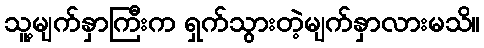
သူ့မျက်နှာကြီးက ရှက်သွားတဲ့မျက်နှာလားမသိ။